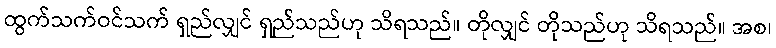
ထွက်သက်ဝင်သက် ရှည်လျှင် ရှည်သည်ဟု သိရသည်။ တိုလျှင် တိုသည်ဟု သိရသည်။ အစ၊